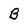
Character: B